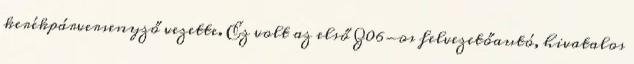
kerékpárversenyző vezette. Ez volt az első Z06-os felvezetőautó, hivatalos